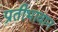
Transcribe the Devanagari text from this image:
प्रतीभावान